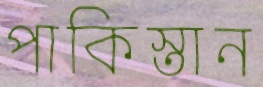
পাকিস্তান